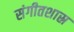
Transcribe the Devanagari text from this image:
संगीतशास्र